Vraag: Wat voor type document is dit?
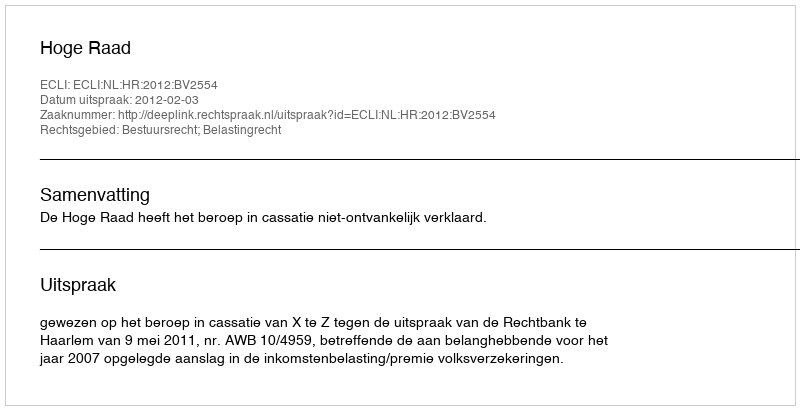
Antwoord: Uitspraak